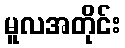
မူလအတိုင်း